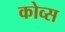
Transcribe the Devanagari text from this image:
कोव्स